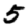
Digit: 5